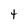
Character: 4